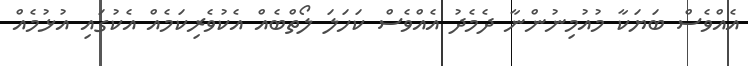
އެއްވެސް ބަޔަކާ މުއުމިނުންނާ ދެމެދު އެއްވެސް ކަހަލަ ލޯތްބެއް އެކުވެރިކަމެއް އެކުގައި އުޅުމެއް